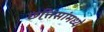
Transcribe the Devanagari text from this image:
छत्तिसांमध्ये